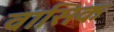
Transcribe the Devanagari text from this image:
वासिक